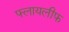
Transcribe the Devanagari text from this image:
फ्लायलीफ